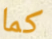
كما